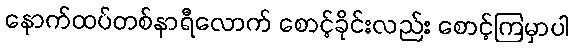
နောက်ထပ်တစ်နာရီလောက် စောင့်ခိုင်းလည်း စောင့်ကြမှာပါ